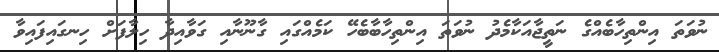
ނުވަތަ އިންތިހާބެއްގެ ނަތީޖާއަކާމެދު ނުވަތަ އިންތިހާބާބެހޭ ކަމެއްގައި ގާނޫނާއި ގަވާއިދާ ހިލާފަށް ހިނގައިފައިވާ